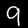
Label: 9